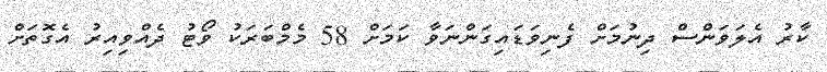
ކާރު އެލަވަންސް ދިނުމަށް ފެނިވަޑައިގަންނަވާ ކަމަށް 58 މެމްބަރަކު ވޯޓު ދެއްވިއިރު އެގޮތަށް